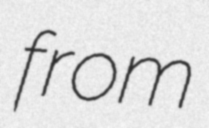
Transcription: from